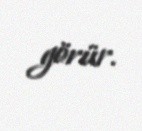
görür.